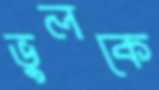
ভুলকে